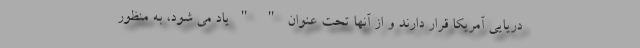
دریایی آمریکا قرار دارند و از آنها تحت عنوان " " یاد می شود، به منظور